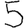
Digit: 5